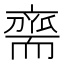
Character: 𮋡